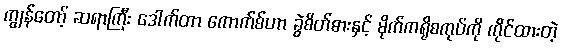
ကျွန်တော့် ဆရာကြီး ဒေါက်တာ ကောက်စ်ဟာ ခွဲစိတ်ဓားနှင့် မိုက်ကရိုစကုပ်ကို ကိုင်ထားတဲ့